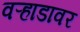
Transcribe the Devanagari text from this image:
वऱ्हाडावर